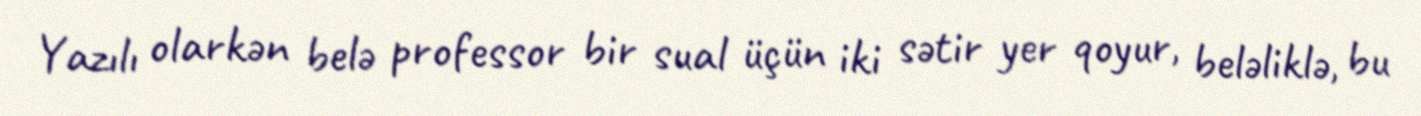
Yazılı olarkən belə professor bir sual üçün iki sətir yer qoyur, beləliklə, bu